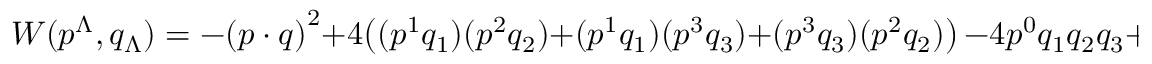
W ( p ^ { \Lambda } , q _ { \Lambda } ) = - { ( p \cdot q ) } ^ { 2 } + 4 \bigl ( ( p ^ { 1 } q _ { 1 } ) ( p ^ { 2 } q _ { 2 } ) + ( p ^ { 1 } q _ { 1 } ) ( p ^ { 3 } q _ { 3 } ) + ( p ^ { 3 } q _ { 3 } ) ( p ^ { 2 } q _ { 2 } ) \bigr ) \, - 4 p ^ { 0 } q _ { 1 } q _ { 2 } q _ { 3 } + 4 q _ { 0 } p ^ { 1 } p ^ { 2 } p ^ { 3 } \ .